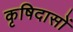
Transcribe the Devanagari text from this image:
कृषिदासों